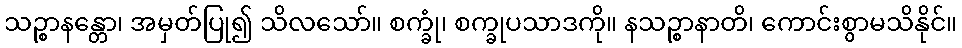
သဉ္စာနန္တော၊ အမှတ်ပြု၍ သိလသော်။ စက္ခုံ၊ စက္ခုပသာဒကို။ နသဉ္စာနာတိ၊ ကောင်းစွာမသိနိုင်။